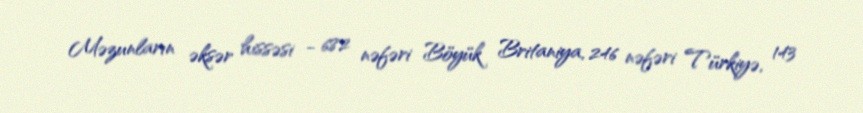
Məzunların əksər hissəsi - 682 nəfəri Böyük Britaniya, 246 nəfəri Türkiyə, 143